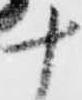
十